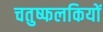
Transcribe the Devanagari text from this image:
चतुष्फलकियों